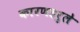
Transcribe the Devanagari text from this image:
कारणहरुले